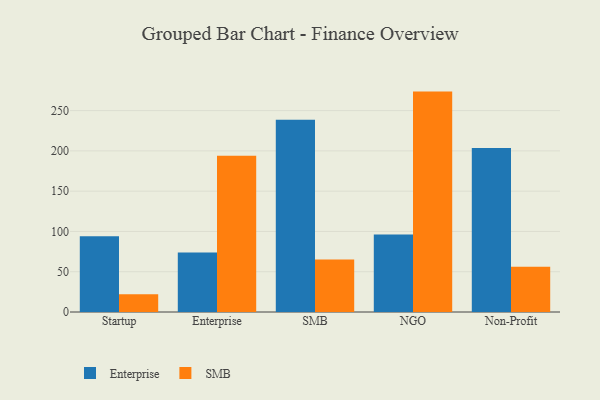
{"axis": {"x": "Segment", "y": "Bounce Rate (%)"}, "legend": ["Enterprise", "SMB"], "data": [{"x": "Startup", "y": 94.0, "type": "Enterprise"}, {"x": "Startup", "y": 21.9, "type": "SMB"}, {"x": "Enterprise", "y": 74.0, "type": "Enterprise"}, {"x": "Enterprise", "y": 194.1, "type": "SMB"}, {"x": "SMB", "y": 238.8, "type": "Enterprise"}, {"x": "SMB", "y": 65.3, "type": "SMB"}, {"x": "NGO", "y": 96.3, "type": "Enterprise"}, {"x": "NGO", "y": 273.6, "type": "SMB"}, {"x": "Non-Profit", "y": 203.7, "type": "Enterprise"}, {"x": "Non-Profit", "y": 56.3, "type": "SMB"}]}